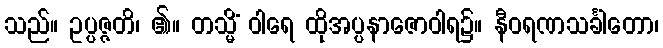
သည်။ ဥပ္ပဇ္ဇတိ၊ ၏။ တသ္မိံ ဝါရေ ထိုအပ္ပနာဇောဝါရ၌။ နီဝရဏသင်္ခါတော၊